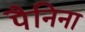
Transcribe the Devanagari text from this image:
पैनिना